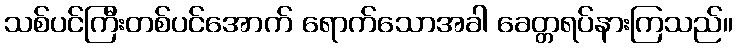
သစ်ပင်ကြီးတစ်ပင်အောက် ရောက်သောအခါ ခေတ္တရပ်နားကြသည်။